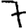
Digit: 7